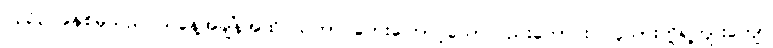
၁၃၃၃ ခုနှစ်မှသည် ယနေ့အချိန်အထိ သဘာဝဘေးကြောင့်သော်လည်းကောင်း၊ လူသားတို့ရဲ့ကျူးကျော်